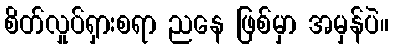
စိတ်လှုပ်ရှားစရာ ညနေ ဖြစ်မှာ အမှန်ပဲ။